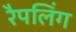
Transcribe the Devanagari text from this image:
रैपलिंग